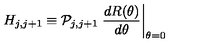
H _ { j , j + 1 } \equiv { \cal P } _ { j , j + 1 } \left. \frac { d R ( \theta ) } { d \theta } \right| _ { \theta = 0 } \nonumber